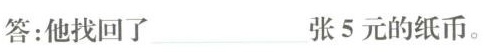
答：他找回了\underline张5元的纸币。